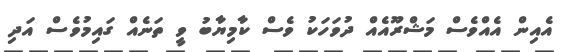
އެއިން އެއްވެސް މަޝްރޫއެއް ދުވަހަކު ވެސް ކާމިޔާބު ވީ ތަނެއް ގައިމުވެސް އަދި